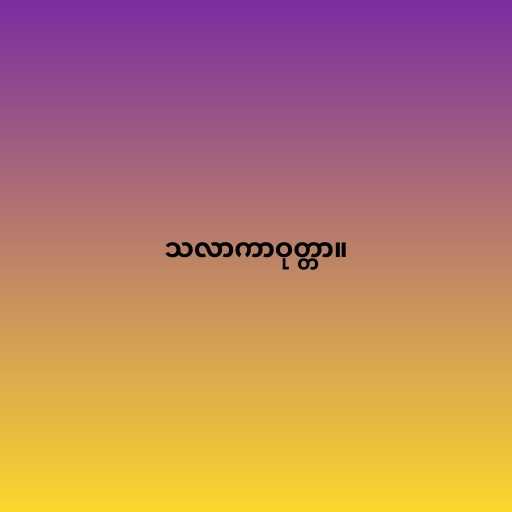
သလာကာဝုတ္တာ။